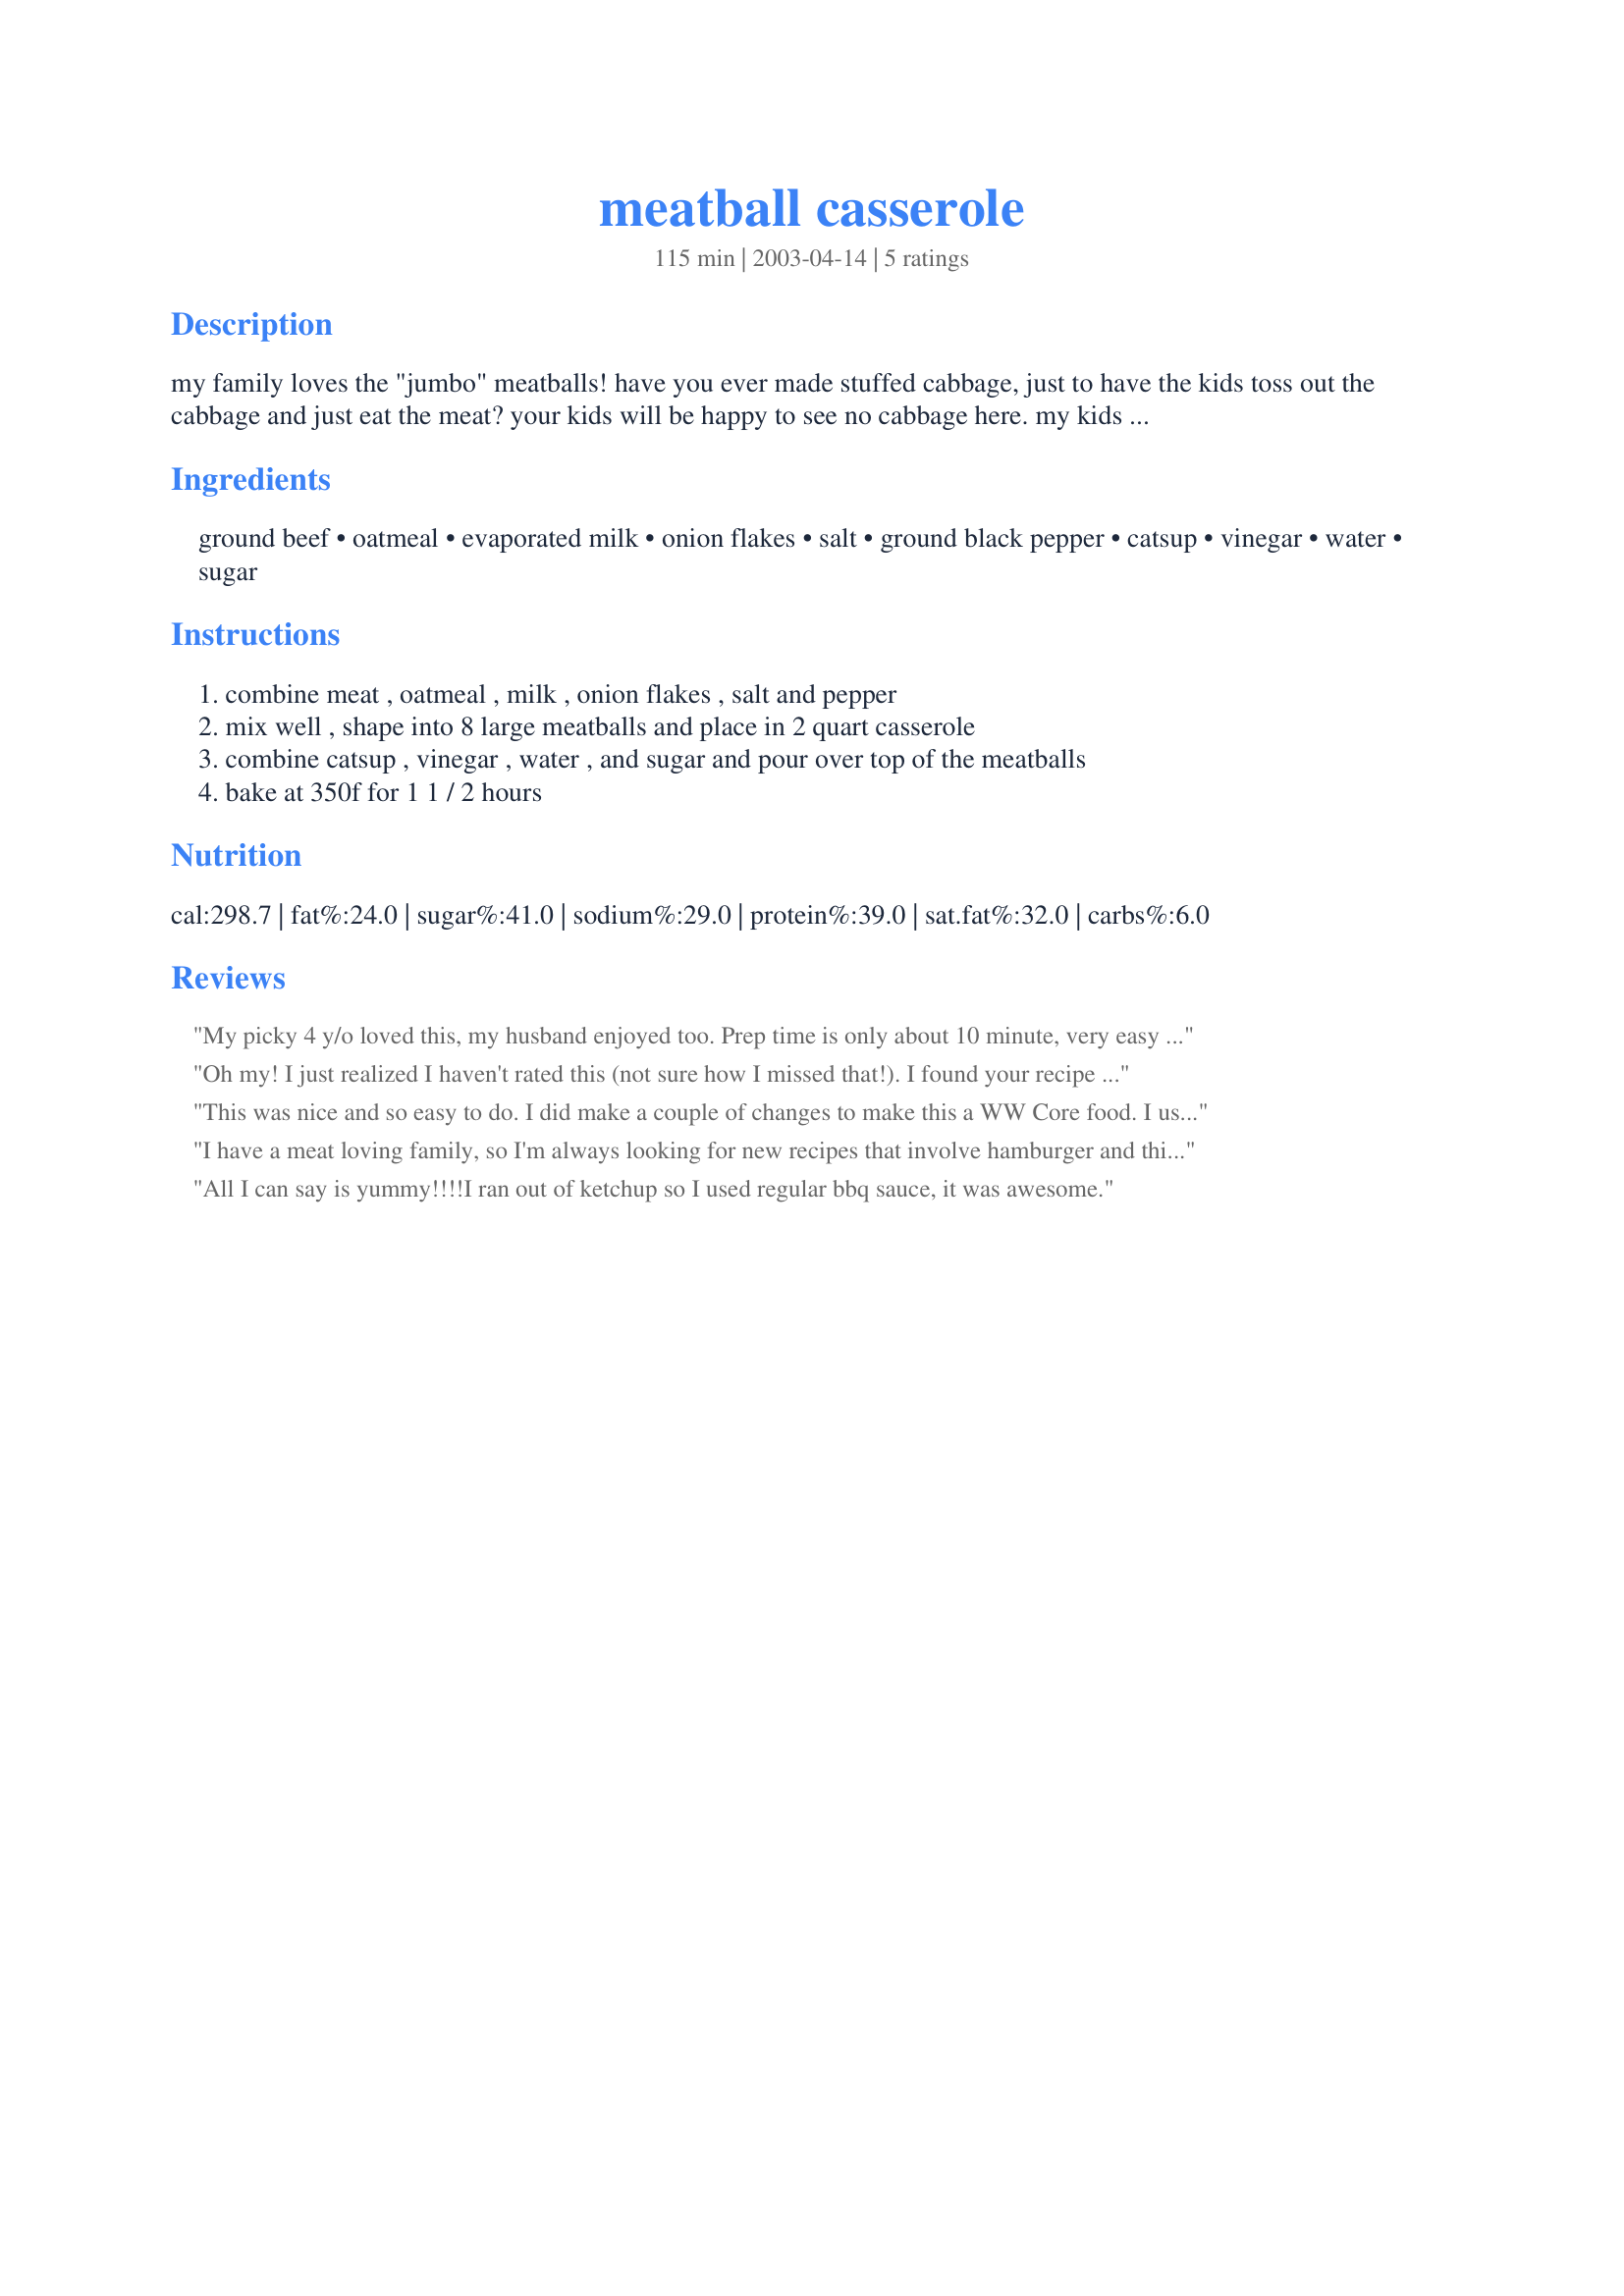
meatball casserole
Preparation time: 115 minutes

my family loves the "jumbo" meatballs! have you ever made stuffed cabbage, just to have the kids toss out the cabbage and just eat the meat? your kids will be happy to see no cabbage here. my kids loved it served with mounds of mashed potatoes. prep time may be less.

Ingredients:
ground beef, oatmeal, evaporated milk, onion flakes, salt, ground black pepper, catsup, vinegar, water, sugar

Steps:
combine meat , oatmeal , milk , onion flakes , salt and pepper, mix well , shape into 8 large meatballs and place in 2 quart casserole, combine catsup , vinegar , water , and sugar and pour over top of the meatballs, bake at 350f for 1 1 / 2 hours

Reviews:
My picky 4 y/o loved this, my husband enjoyed too. Prep time is only about 10 minute, very easy recipe. I served this with mashed potatoes, though I think next time I may double the sauce ingredients and serve over noodles. Thanks!
Oh my! I just realized I haven't rated this (not sure how I missed that!). I found your recipe in 2004 right after I joined and it's a been a monthly addition to our menu. We just love it! My dh always says "Oh YES those giant meatballs!!" when I make these. I've used ground turkey with much success, but prefer a 50/50 turkey/beef mix.
This was nice and so easy to do. I did make a couple of changes to make this a WW Core food. I used 7%lean ground beef, non-fat milk and left out the sugar in the sauce. I also made the meatballs a bit smaller ( 2 inches) and it was done after 65 minutes. The sauce was a nice consistancy and I could imagine how great it would be with the sugar but it really doesn't need it. My 4 year old loved it too and therefore forever on my make often list. :)
I have a meat loving family, so I'm always looking for new recipes that involve hamburger and this was NO dissapointment. I actually didn't have any onion flakes so I finely chopped a small onion and it turned out great. I used one of the above reviews suggestion and doubled the sauce ingredients and served it over baked pototoes. Sounds strange but it was really good.
All I can say is yummy!!!!I ran out of ketchup so I used regular bbq sauce, it was awesome.
